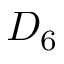
D _ { 6 }